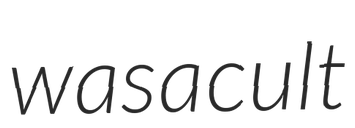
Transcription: was a cult